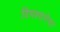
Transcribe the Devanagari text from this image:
विपश्यनेचा